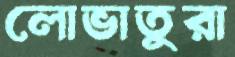
লোভাতুরা